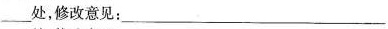
___处，修改意见：___